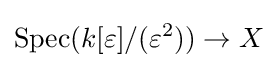
\operatorname {Spec} (k[\varepsilon ]/(\varepsilon ^{2}))\to X